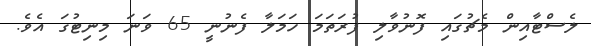
ލެސްޓާއިން މެޗުގައި ފޮނުވާލި ފުރަތަމަ ހަމަލާ ފެނުނީ 65 ވަނަ މިނިޓުގަ އެވެ.